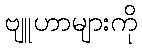
ဗျူဟာများကို